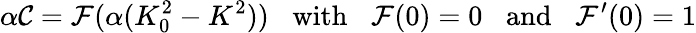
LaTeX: \alpha{\cal C}={\cal F}(\alpha(K_{0}^{2}-K^{2}))\; \; \; \mathrm{with}\; \; \; {\cal F}(0)=0\; \; \; \mathrm{and}\; \; \; {\cal F}^{\prime}(0)=1